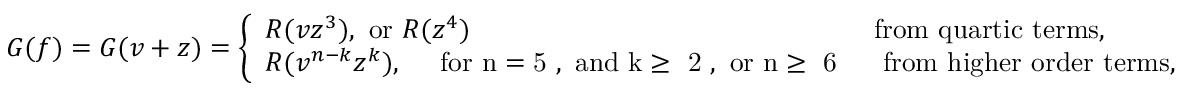
\begin{array} { r } { G ( f ) = G ( v + z ) = \left\{ \begin{array} { l l } { R ( v z ^ { 3 } ) , \mathrm { ~ o r ~ } R ( z ^ { 4 } ) } & { \mathrm { f r o m ~ q u a r t i c ~ t e r m s , } } \\ { R ( v ^ { n - k } z ^ { k } ) , \quad \mathrm { ~ f o r ~ n = 5 ~ , ~ a n d ~ k \ge ~ 2 ~ , ~ o r ~ n \ge ~ 6 ~ } } & { \mathrm { ~ f r o m ~ h i g h e r ~ o r d e r ~ t e r m s } , } \end{array} \right. } \end{array}